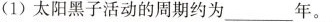
(1)太阳黑子活动的周期约为_____ 年。